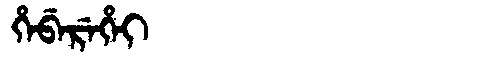
Manchu: ᡥᡝᠪᡝᡵᡝᡥᡝᡳ
Romanization: HEBEREHEI